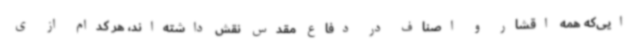
ایی‌که همه اقشار و اصناف در دفاع مقدس نقش داشته‌اند، هر کدام از ی